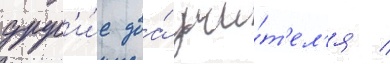
друг'и́е два́ учи́т'ел'я /